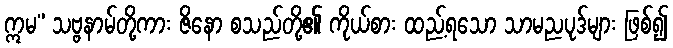
ဣမ” သဗ္ဗနာမ်တို့ကား ဇိနော စသည်တို့၏ ကိုယ်စား ထည့်ရသော သာမညပုဒ်များ ဖြစ်၍